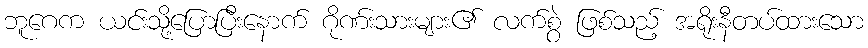
ဘူဂေက ယင်းသို့ပြောပြီးနောက် ဂိုဏ်းသားများ၏ လက်စွဲ ဖြစ်သည့် အရိုးနီတပ်ထားသော